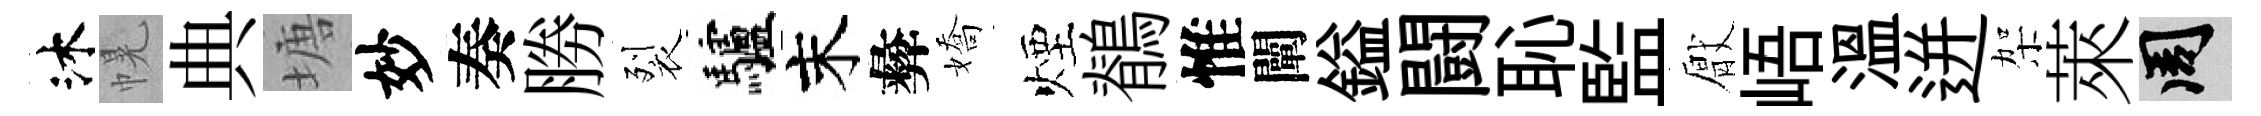
沐幌典塘妙奏勝裂驢末彜嬌煙鶺惟闡鎰闘恥監厭峿溫迸架萊周